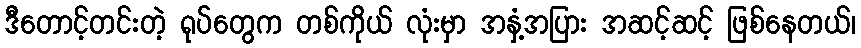
ဒီတောင့်တင်းတဲ့ ရုပ်တွေက တစ်ကိုယ် လုံးမှာ အနှံ့အပြား အဆင့်ဆင့် ဖြစ်နေတယ်၊